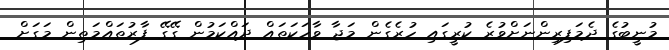
މުނީބުގެ ދެމަފިރިންނަށްވުރެ ކުރީގައި ހުރެގެން މަޖާ ވާހަކަތައް ދައްކަމުން ގޭގޭ ފާރުތައްމަތިން މަގަށް